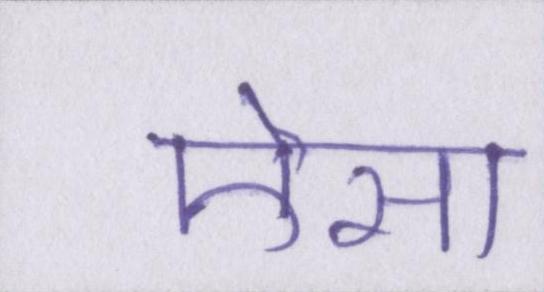
ऎसा